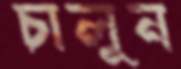
চালুন